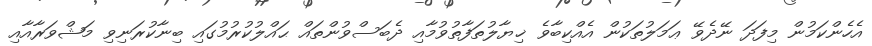
އެހެންކަމުން މިފަދަ ނޭދެވޭ ޢަމަލުތަކުން އެއްކިބާވެ ޚިޔާލުތަފާތުވުމާއި ދެބަސްވުންތައް ޙައްލުކުރުމުގައި ބިނާކުރަނިވި މަޝްވަރާއާއި